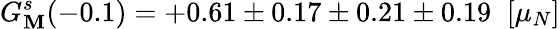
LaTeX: G_{\mathbf{M}}^{s}(-0.1)=+0.61\pm0.17\pm0.21\pm0.19\; \; [\mu_{N}]